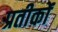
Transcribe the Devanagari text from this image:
प्रतीकोंं